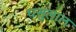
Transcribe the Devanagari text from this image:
घसुलाल